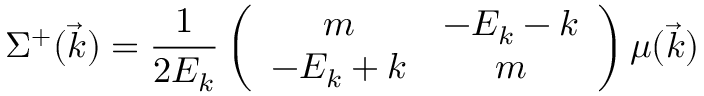
\Sigma ^ { + } ( \vec { k } ) = \frac { 1 } { 2 E _ { k } } \left( \begin{array} { c c } { { m } } & { { - E _ { k } - k } } \\ { { - E _ { k } + k } } & { { m } } \end{array} \right) \mu ( \vec { k } )